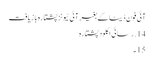
آئی فون ڈیٹا کے بغیر آئی ٹیونز پشتارہ بازیافت
14. رسائی اکلود پشتارہ
15 ۔